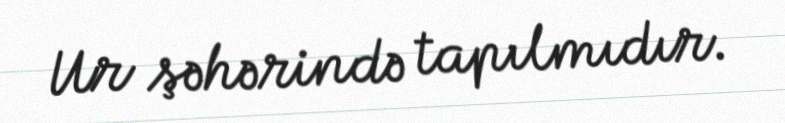
Ur şəhərində tapılmıdır.